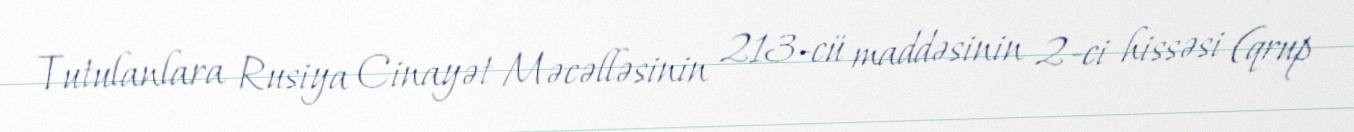
Tutulanlara Rusiya Cinayət Məcəlləsinin 213-cü maddəsinin 2-ci hissəsi (qrup